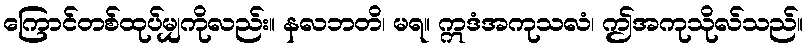
ကြောင်တစ်ထုပ်မျှကိုလည်း။ နလဘတိ၊ မရ။ ဣဒံအကုသလံ၊ ဤအကုသိုလ်သည်။